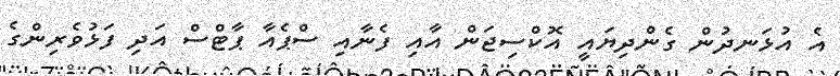
އެ އުޅަނދުން ގެންދިޔައީ އޮކްސިޖަން އާއި ފެނާއި ސްޕެއާ ޕާޓްސް އަދި ފަޅުވެރިންގެ